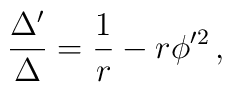
\frac{\Delta'}{\Delta}=\frac{1}{r} - r \phi'^2 \, ,